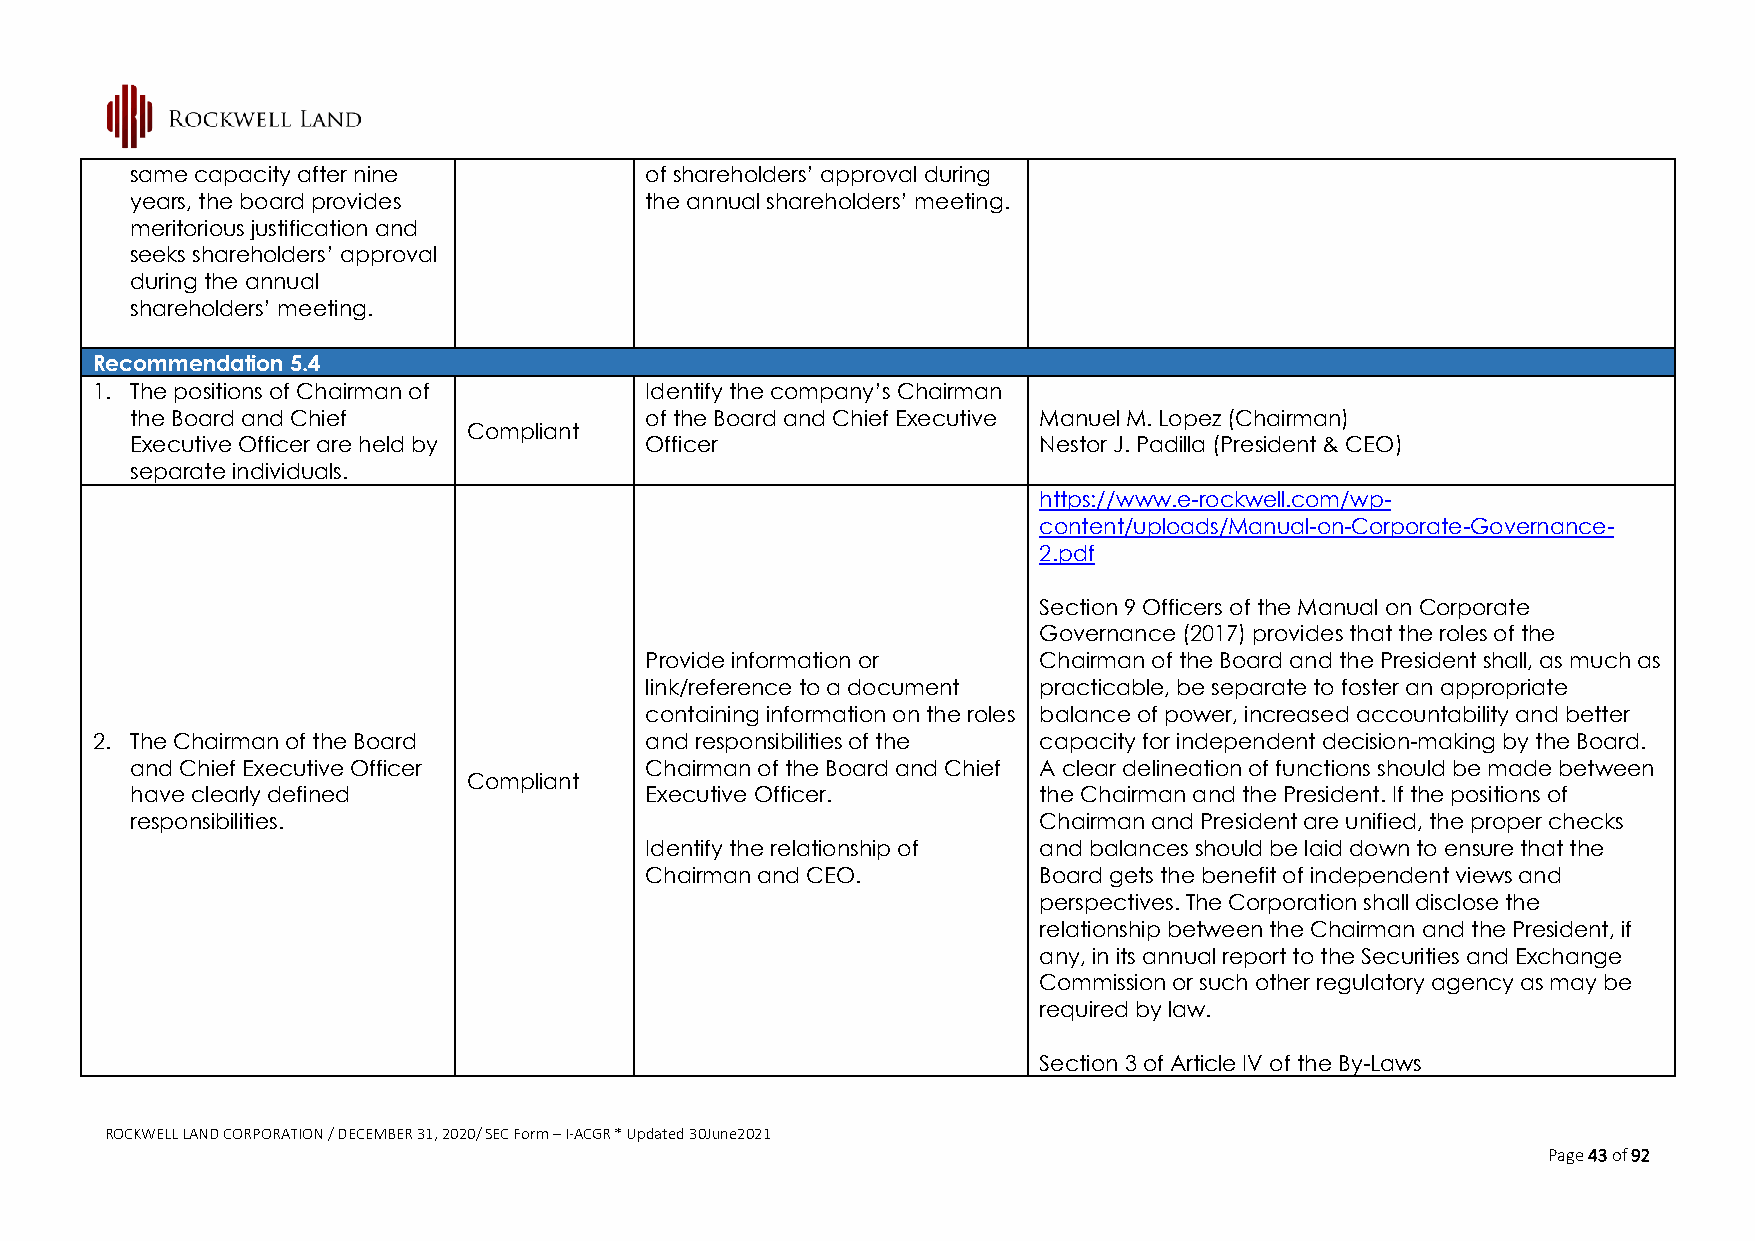
same capacity after nine          of shareholders’ approval during
 years, the board provides         the annual shareholders’ meeting.
 meritorious justification and
 seeks shareholders’ approval
 during the annual
 shareholders’ meeting.
 Recommendation 5.4
 1. The positions of Chairman of      Identify the company’s Chairman
 the Board and Chief               of the Board and Chief Executive Manuel M. Lopez (Chairman)
 Compliant
 Executive Officer are held by     Officer                   Nestor J. Padilla (President & CEO)
 separate individuals.
 https://www.e-rockwell.com/wp-
 content/uploads/Manual-on-Corporate-Governance-
 2.pdf
 Section 9 Officers of the Manual on Corporate
 Governance (2017) provides that the roles of the
 Provide information or    Chairman of the Board and the President shall, as much as
 link/reference to a document practicable, be separate to foster an appropriate
 containing information on the roles balance of power, increased accountability and better
 2. The Chairman of the Board         and responsibilities of the capacity for independent decision-making by the Board.
 and Chief Executive Officer       Chairman of the Board and Chief A clear delineation of functions should be made between
 Compliant
 have clearly defined              Executive Officer.        the Chairman and the President. If the positions of
 responsibilities.                                           Chairman and President are unified, the proper checks
 Identify the relationship of and balances should be laid down to ensure that the
 Chairman and CEO.         Board gets the benefit of independent views and
 perspectives. The Corporation shall disclose the
 relationship between the Chairman and the President, if
 any, in its annual report to the Securities and Exchange
 Commission or such other regulatory agency as may be
 required by law.
 Section 3 of Article IV of the By-Laws
 ROCKWELL LAND CORPORATION / DECEMBER 31, 2020/ SEC Form – I-ACGR * Updated 30June2021
 Page 43 of 92